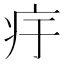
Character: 㽳